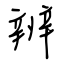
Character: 辨